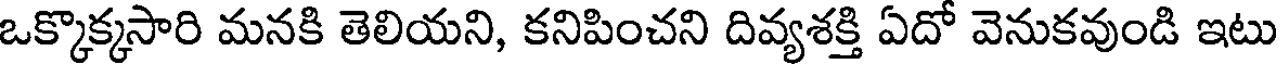
ఒక్కొక్కసారి మనకి తెలియని, కనిపించని దివ్యశక్తి ఏదో వెనుకవుండి ఇటు